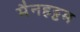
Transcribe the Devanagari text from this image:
मैनहट्टम